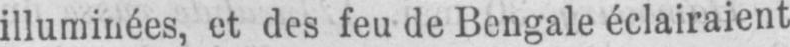
illuminées, et des feu de Bengale éclairaient